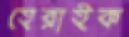
হেরাইক